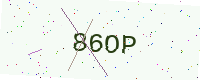
Text: 86OP